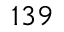
^ { 1 3 9 }